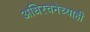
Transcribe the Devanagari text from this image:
अधिरचनेच्याही